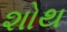
શોથ